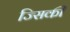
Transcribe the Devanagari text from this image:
ज्सिकी